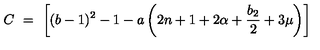
C \ = \ \left[ ( b - 1 ) ^ { 2 } - 1 - a \left( 2 n + 1 + 2 \alpha + \frac { b _ { 2 } } { 2 } + 3 \mu \right) \right]